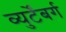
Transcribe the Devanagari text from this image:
व्युर्टेंबर्ग